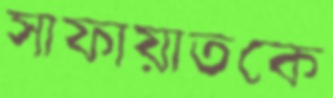
সাফায়াতকে